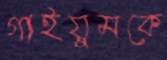
গাইয়ুমকে